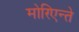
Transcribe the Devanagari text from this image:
मोरिएन्ते